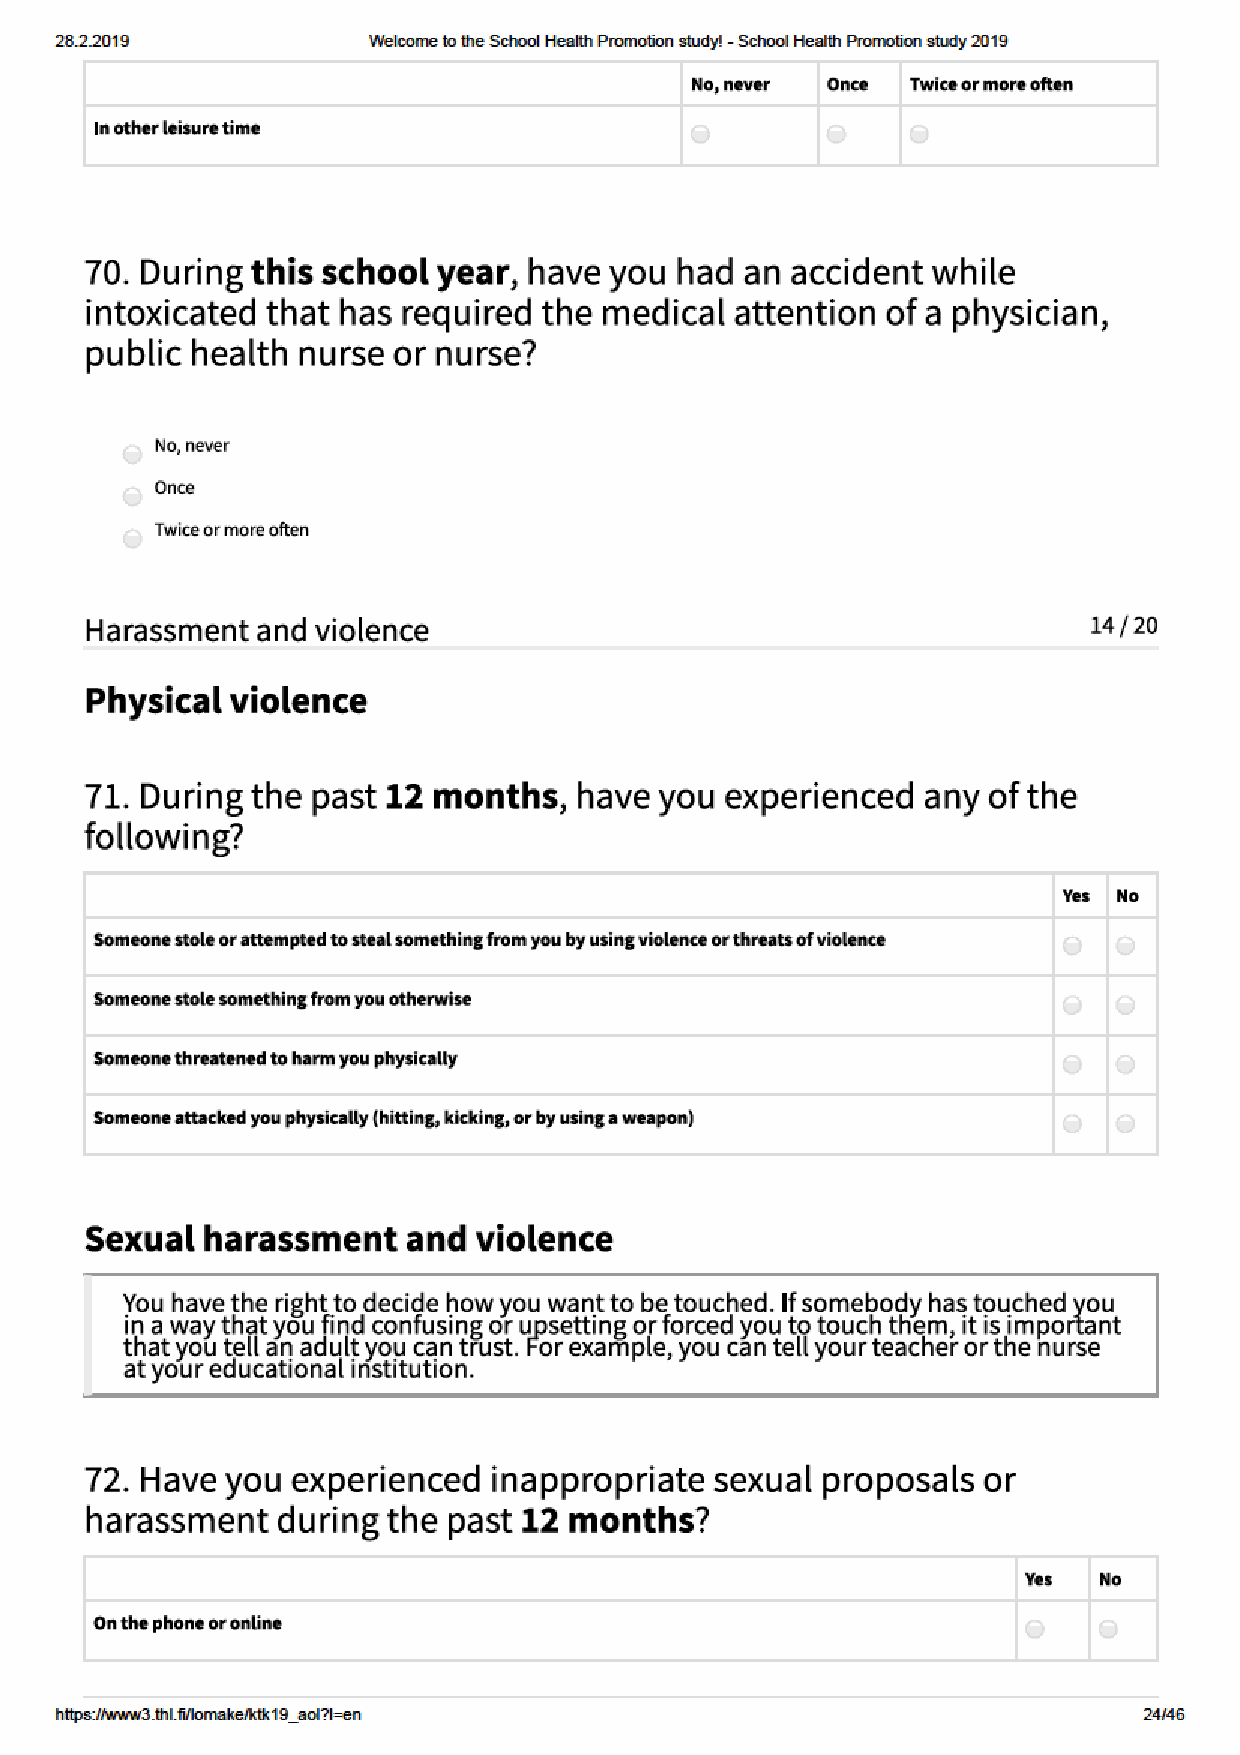
28.2.2019           Welco me to the School Health Pro motion study! - School Health Pro motion study 2019
 https:// w w w3.thl.fi/lo make/ktk19_aol?l=en                           24/46